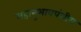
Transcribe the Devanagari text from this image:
महानुभावपंथीय